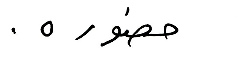
حضوره.